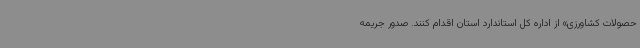
حصولات کشاورزی» از اداره کل استاندارد استان اقدام کنند. صدور جریمه